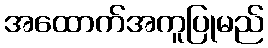
အထောက်အကူပြုမည်